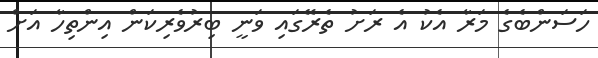
ހަސަންބެގެ މަރާ އެކު އެ ރަށު ތެރޭގައި ވަނީ ބިރުވެރިކަން އިންތިހާ އަށް